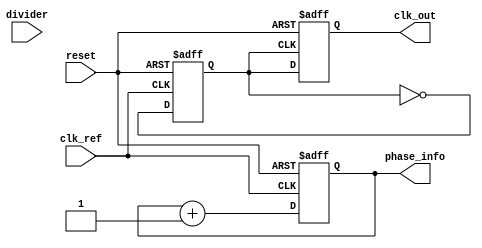
module MemoryBlocksAnalogPLL (
    input wire clk_ref,         // Reference clock input
    input wire reset,           // Reset signal
    output wire clk_out,        // Output clock signal
    input wire [3:0] divider,   // Frequency divider (optional)
    output wire [15:0] phase_info  // Phase information for memory blocks
);

    // Phase Detector (PD)
    reg phase_error;
    reg [15:0] phase_count;

    always @(posedge clk_ref or posedge reset) begin
        if (reset) begin
            phase_count <= 0;
            phase_error <= 0;
        end else begin
            // Example phase detection using simple counter
            // Increment counter on reference clock edge and check against output clock
            if (phase_count > 0)
                phase_error <= 1; // Phase error detected
            
            phase_count <= phase_count + 1;
        end
    end

    // Loop Filter (LF)
    reg [15:0] control_voltage;
    
    always @(posedge clk_ref or posedge reset) begin
        if (reset) begin
            control_voltage <= 0;
        end else begin
            // Simple low-pass filter (first-order)
            control_voltage <= control_voltage + (phase_error ? 1 : -1);
        end
    end

    // Voltage-Controlled Oscillator (VCO)
    reg clk_vco;
    reg [15:0] vco_frequency;

    always @(posedge clk_ref or posedge reset) begin
        if (reset) begin
            clk_vco <= 0;
            vco_frequency <= 1; // Initial frequency
        end else begin
            // Adjust VCO frequency based on control voltage
            vco_frequency <= control_voltage; // Simplified example
            clk_vco <= ~clk_vco; // Toggle clock for demonstration
        end
    end

    // Output Clock Signal
    reg clk_out_reg;
    
    always @(posedge clk_vco or posedge reset) begin
        if (reset) begin
            clk_out_reg <= 0;
        end else begin
            // If divider is enabled, generate output based on it
            if (divider > 0) begin
                clk_out_reg <= clk_vco; // Adjust based on divider logic
            end else begin
                clk_out_reg <= clk_vco;
            end
        end
    end
    
    assign clk_out = clk_out_reg;

    // Memory Block for Phase Information
    assign phase_info = phase_count; // For demonstration, passing phase count directly
    
endmodule